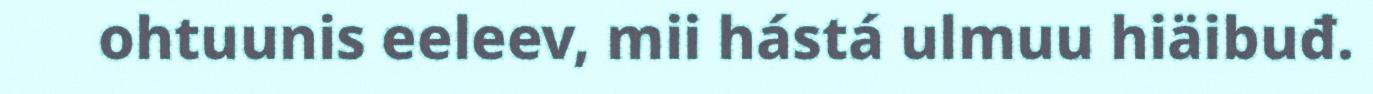
ohtuunis eeleev, mii hástá ulmuu hiäibuđ.